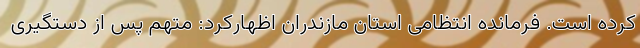
کرده است. فرمانده انتظامی استان مازندران اظهارکرد: متهم پس از دستگیری